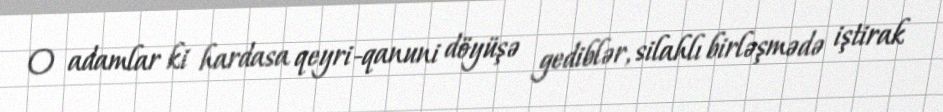
O adamlar ki hardasa qeyri-qanuni döyüşə gediblər, silahlı birləşmədə iştirak